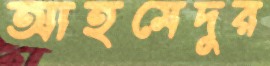
আহমেদুর